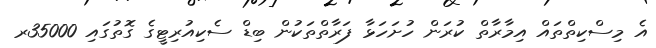
އެ މިސްކިތްތައް އިމާރާތް ކުރަން ހުށަހަޅާ ފަރާތްތަކުން ބިޑް ސެކިއުރިޓީގެ ގޮތުގައި 35000ރ